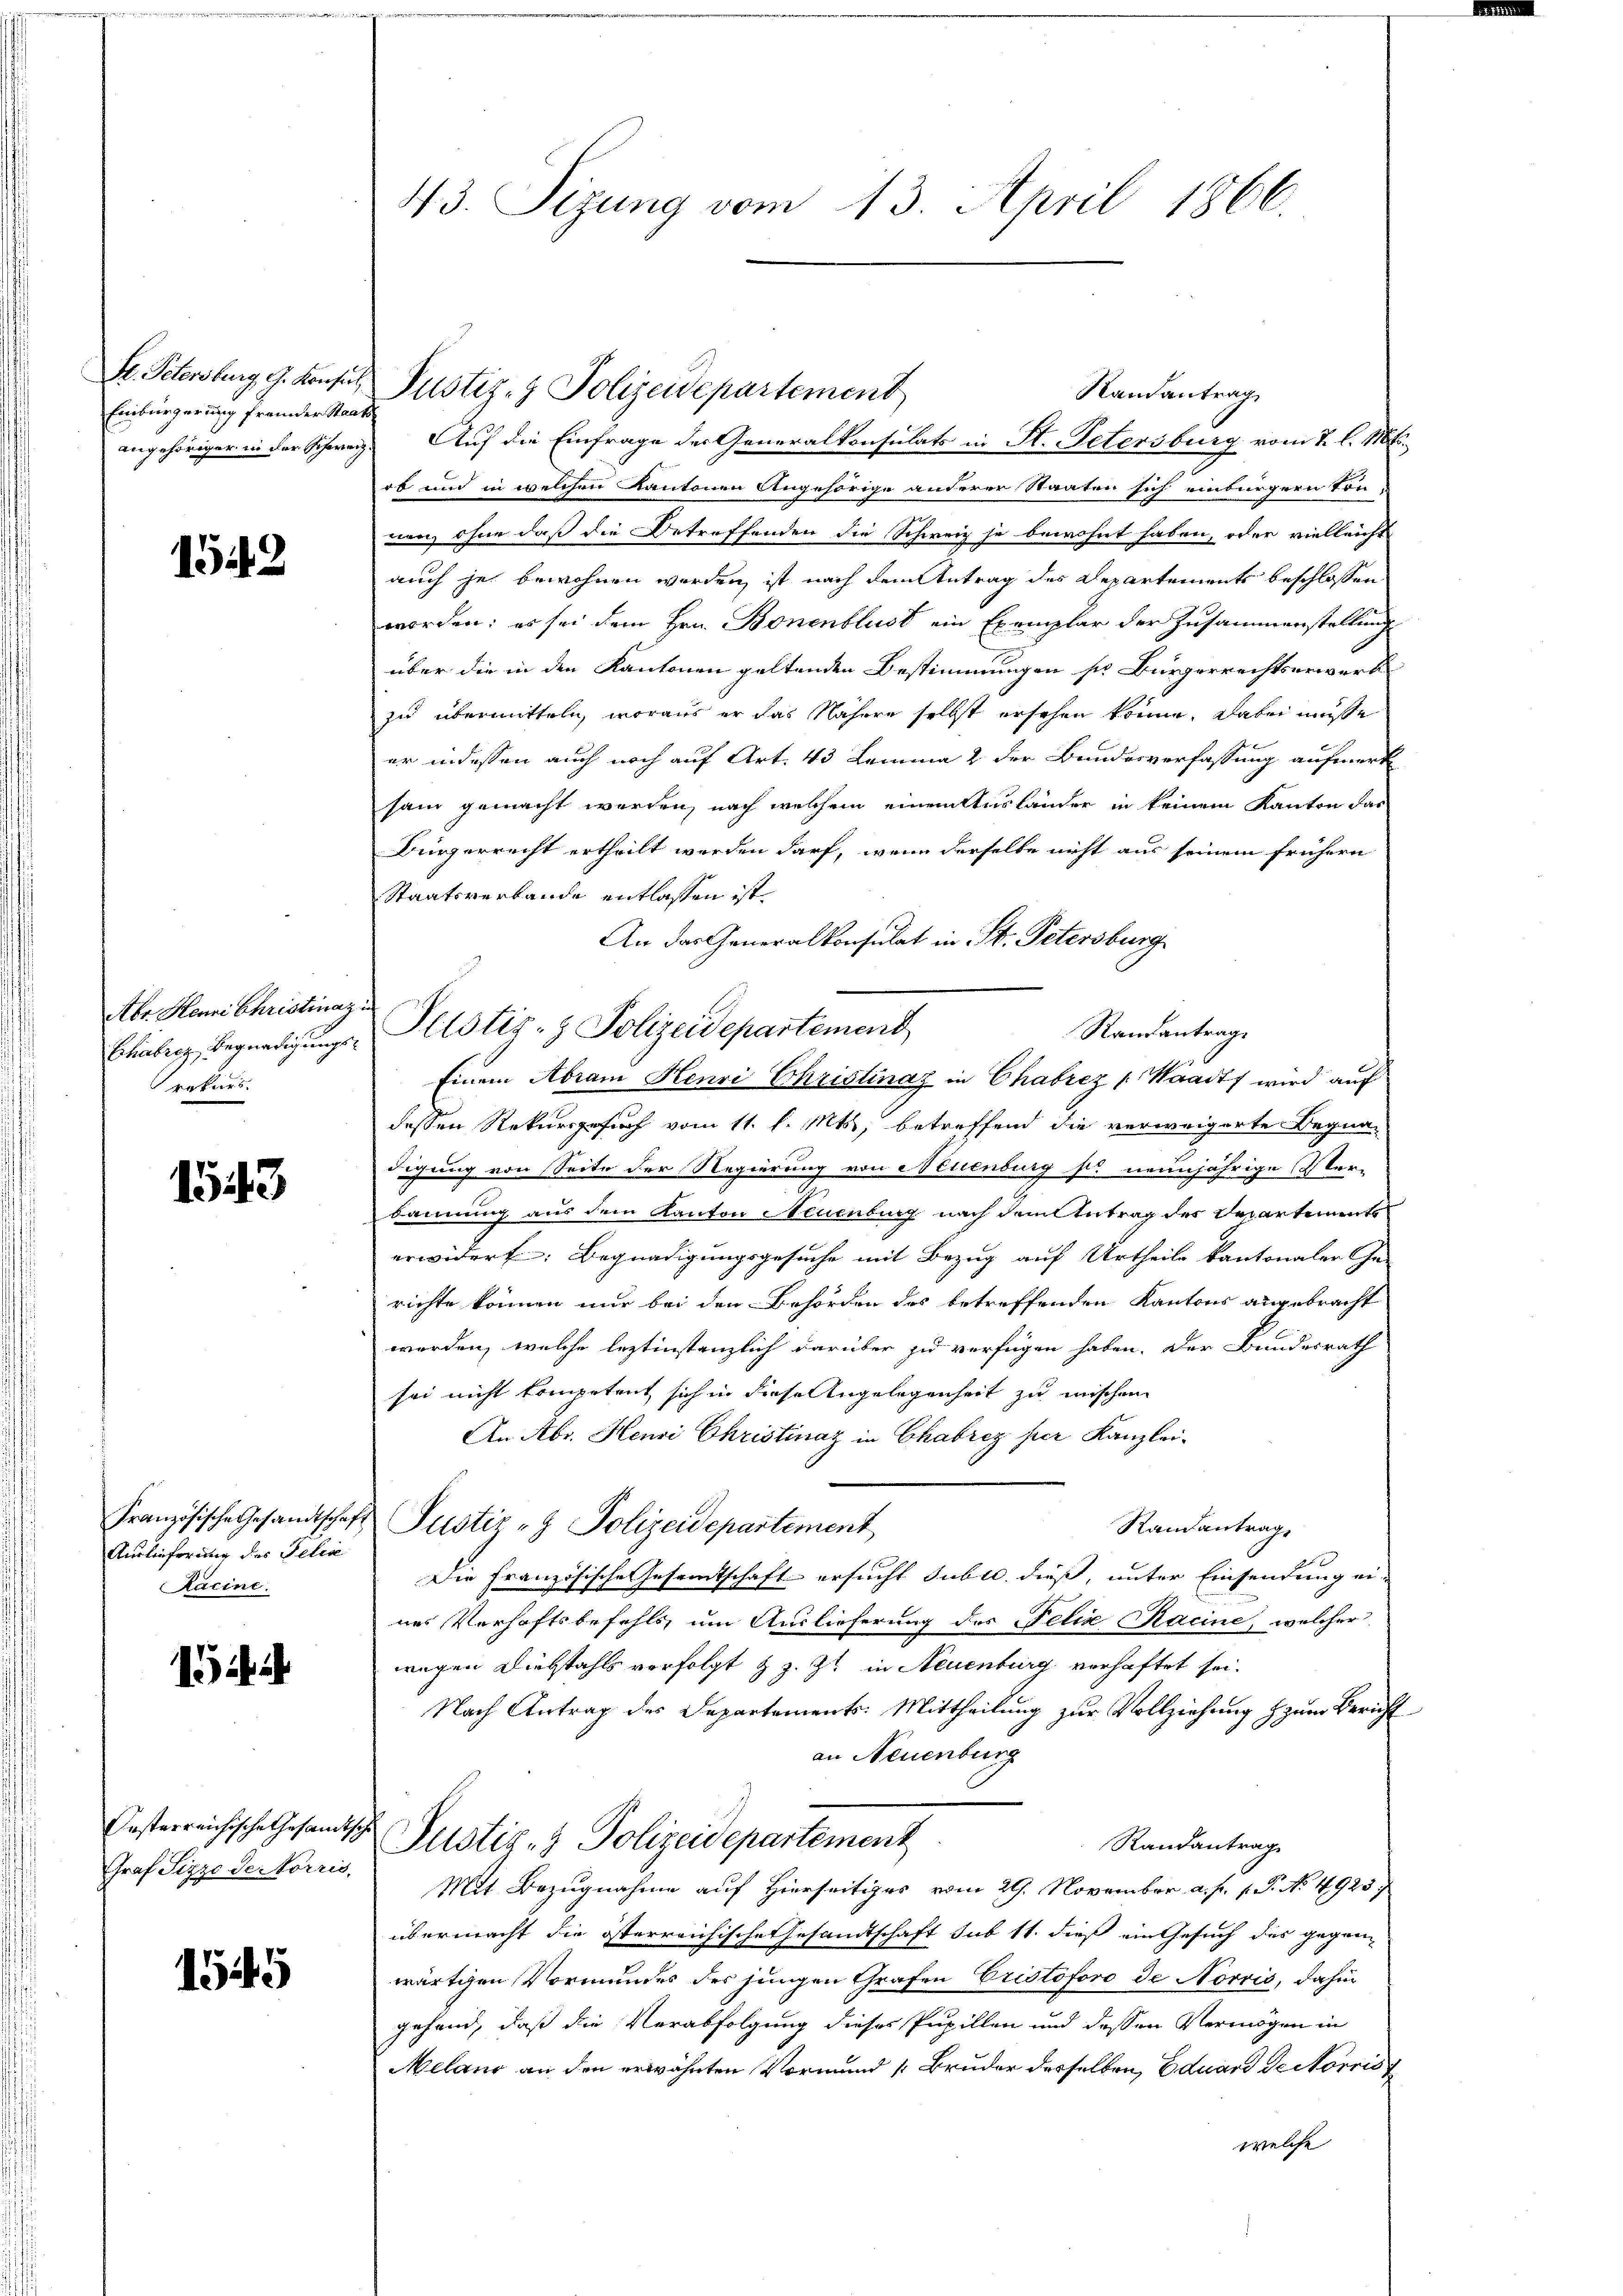
Hr. Petersburg, G. Konsul
Einbürgerung fremder Staats
angehöriger in der Schweiz.

1542

Abr Henri Christinaz
Bhabrez Begnadigungsrakirs.

1543

Französische Gesandtschaf
Auslieferung des Felixe
Racine.

i

Oesterreichische Gesandts
Graf Sizze de Norris,

1545

43. Sizung vom 23. April 1866.

Randantrag
Auf die Einfrage der Generalkonsulats in St. Petersburg vom 7. l. Mt.
ob und in welchen Kantonen Angehörige anderer Staaten sich einbürgern von
nen, ohne daß die Betreffenden die Schweiz je bewohnt haben, oder vielleicht
auch je bewohnen werden, ist nach dem Antrag des Departements beschlossen
worden; es sei dem Hrn. Bonenblust ein Exemplar der Zusammenstellung
über die in den Kantonen geltenden Bestimmungen sr Bürgerrechtserwerkzu übermitteln, woraus er das Nähere selbst ersehen könne, dabei müsse
er indessen auch noch auf Art. 43 Lemma 2 der Bundesverfassung aufmerk
sam gemacht werden, nach welchem einem Ausländer in keinem Kanton das
Bürgerrecht ertheilt werden darf, wenn derselbe nicht aus seinem frühern
Staatsverbande entlassen ist.
An das Generalkonsulat in St. Petersburg
Pelstiz- & Polizeidepartement
Randantrag.
Einem Abram Henri Christinay in Chabrez (Waadt wird auf
dessen Rekursgesuch vom 11. l. Mts., betreffend die verweigerte Begnadigung von Seite der Regierung von Neuenburg so neunjährige Ver-
2
bannung aus dem Kanton Neuenburg nach dem Antrag des Departements
erwidert; Begnadigungsgesuche mit Bezug auf Urtheile kantonaler Ge-
richte können nur bei den Behörden des betreffenden Kantons angebracht
werden, welche leztinstanzlich darüber zu verfügen haben. Der Bundesrath
sei nicht kompetent sich in diese Angelegenheit zu mischen
An Abr. Henri Christinaz in Chabrez per Kanzlei-
Justiz- & Polizeidepartement
Randantrag
Die Französische Gesamtschaft ersucht suble dieß, unter Einsendung ei-
nes Verhaftsbefehls um Auslieferung des Felix Kacine, welcher
wegen Diebstahls vorfolgt & z. Zt. in Neuenburg vorhaftet sei.
Nach Antrag des Departements. Mittheilung zur Vollziehung zum Bericht
an Neuenburg
Justiz- & Polizeidepartement
Randantrag
Mit Bezugnahme auf Hierseitiges vom 29. November a. p. 1. P. No. 4923,
übermacht die österreichische Gesandtschaft sub 11. dieß ein Gesuch des gegenwärtigen Vormundes des jungen Grafen Cristoforo de Norris, dahin
gehand, daß die Verabfolgung dieses Pupillen und dessen Vermögen in
elang an den erwähnten Vormund 1 Bruder derselben, Eduard Rectoris
welche

Justiz- & Polizeidepartement